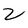
Character: Z